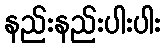
နည်းနည်းပါးပါး